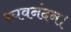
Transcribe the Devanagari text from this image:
रघवनंदन।